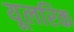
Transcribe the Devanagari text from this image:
यूलरिक